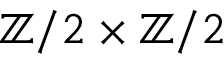
\mathbb { Z } / 2 \times \mathbb { Z } / 2